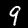
Label: 9